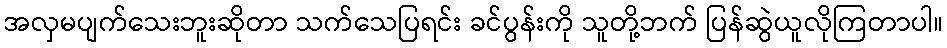
အလှမပျက်သေးဘူးဆိုတာ သက်သေပြရင်း ခင်ပွန်းကို သူတို့ဘက် ပြန်ဆွဲယူလိုကြတာပါ။